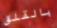
بالقلق